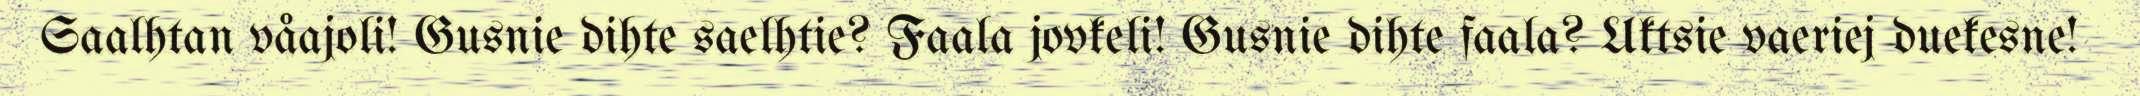
Saalhtan våajoli! Gusnie dihte saelhtie? Faala jovkeli! Gusnie dihte faala? Uktsie vaeriej duekesne!